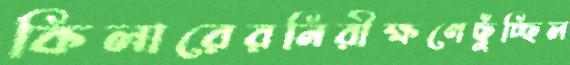
কিলারেরনিরীক্ষণেছুঁচ্ছিল